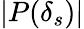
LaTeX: |P(\delta_{s})|